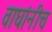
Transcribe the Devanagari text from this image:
वाघांनीच